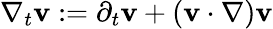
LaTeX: \nabla_{t}\mathbf{v}:=\partial_{t}\mathbf{v}+(\mathbf{v}\cdot\nabla)\mathbf{v}